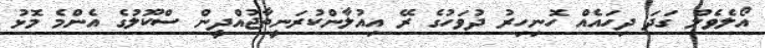
އޯލެވެލް ގަދަ ދިހައެއް ހޮނިހިރު ދުވަހުގެ ރޭ އިއުލާންކުރަނީތާޖުއްދީން ސްކޫލުގެ އެންމެ މޮޅު